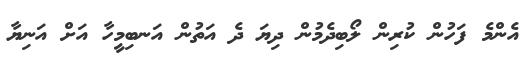
އެންމެ ފަހުން ކުރިން ލޯބިދެމުން ދިޔަ ދެ އަތުން އަނބިމީހާ އަށް އަނިޔާ